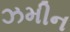
ઝમીન